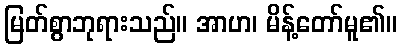
မြတ်စွာဘုရားသည်။ အာဟ၊ မိန့်တော်မူ၏။